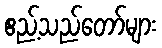
ဧည့်သည်တော်များ